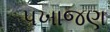
પખાજણ